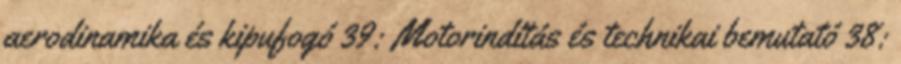
aerodinamika és kipufogó 39: Motorindítás és technikai bemutató 38: